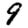
Digit: 9